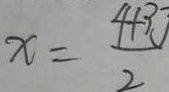
x = \frac { 4 + 3 J } { 2 }